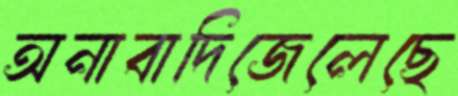
অনাবাদিজেলেছে